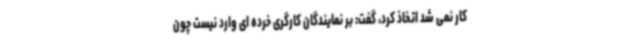
کار نمی شد اتخاذ کرد، گفت: بر نمایندگان کارگری خرده ای وارد نیست چون